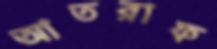
আতরাফ